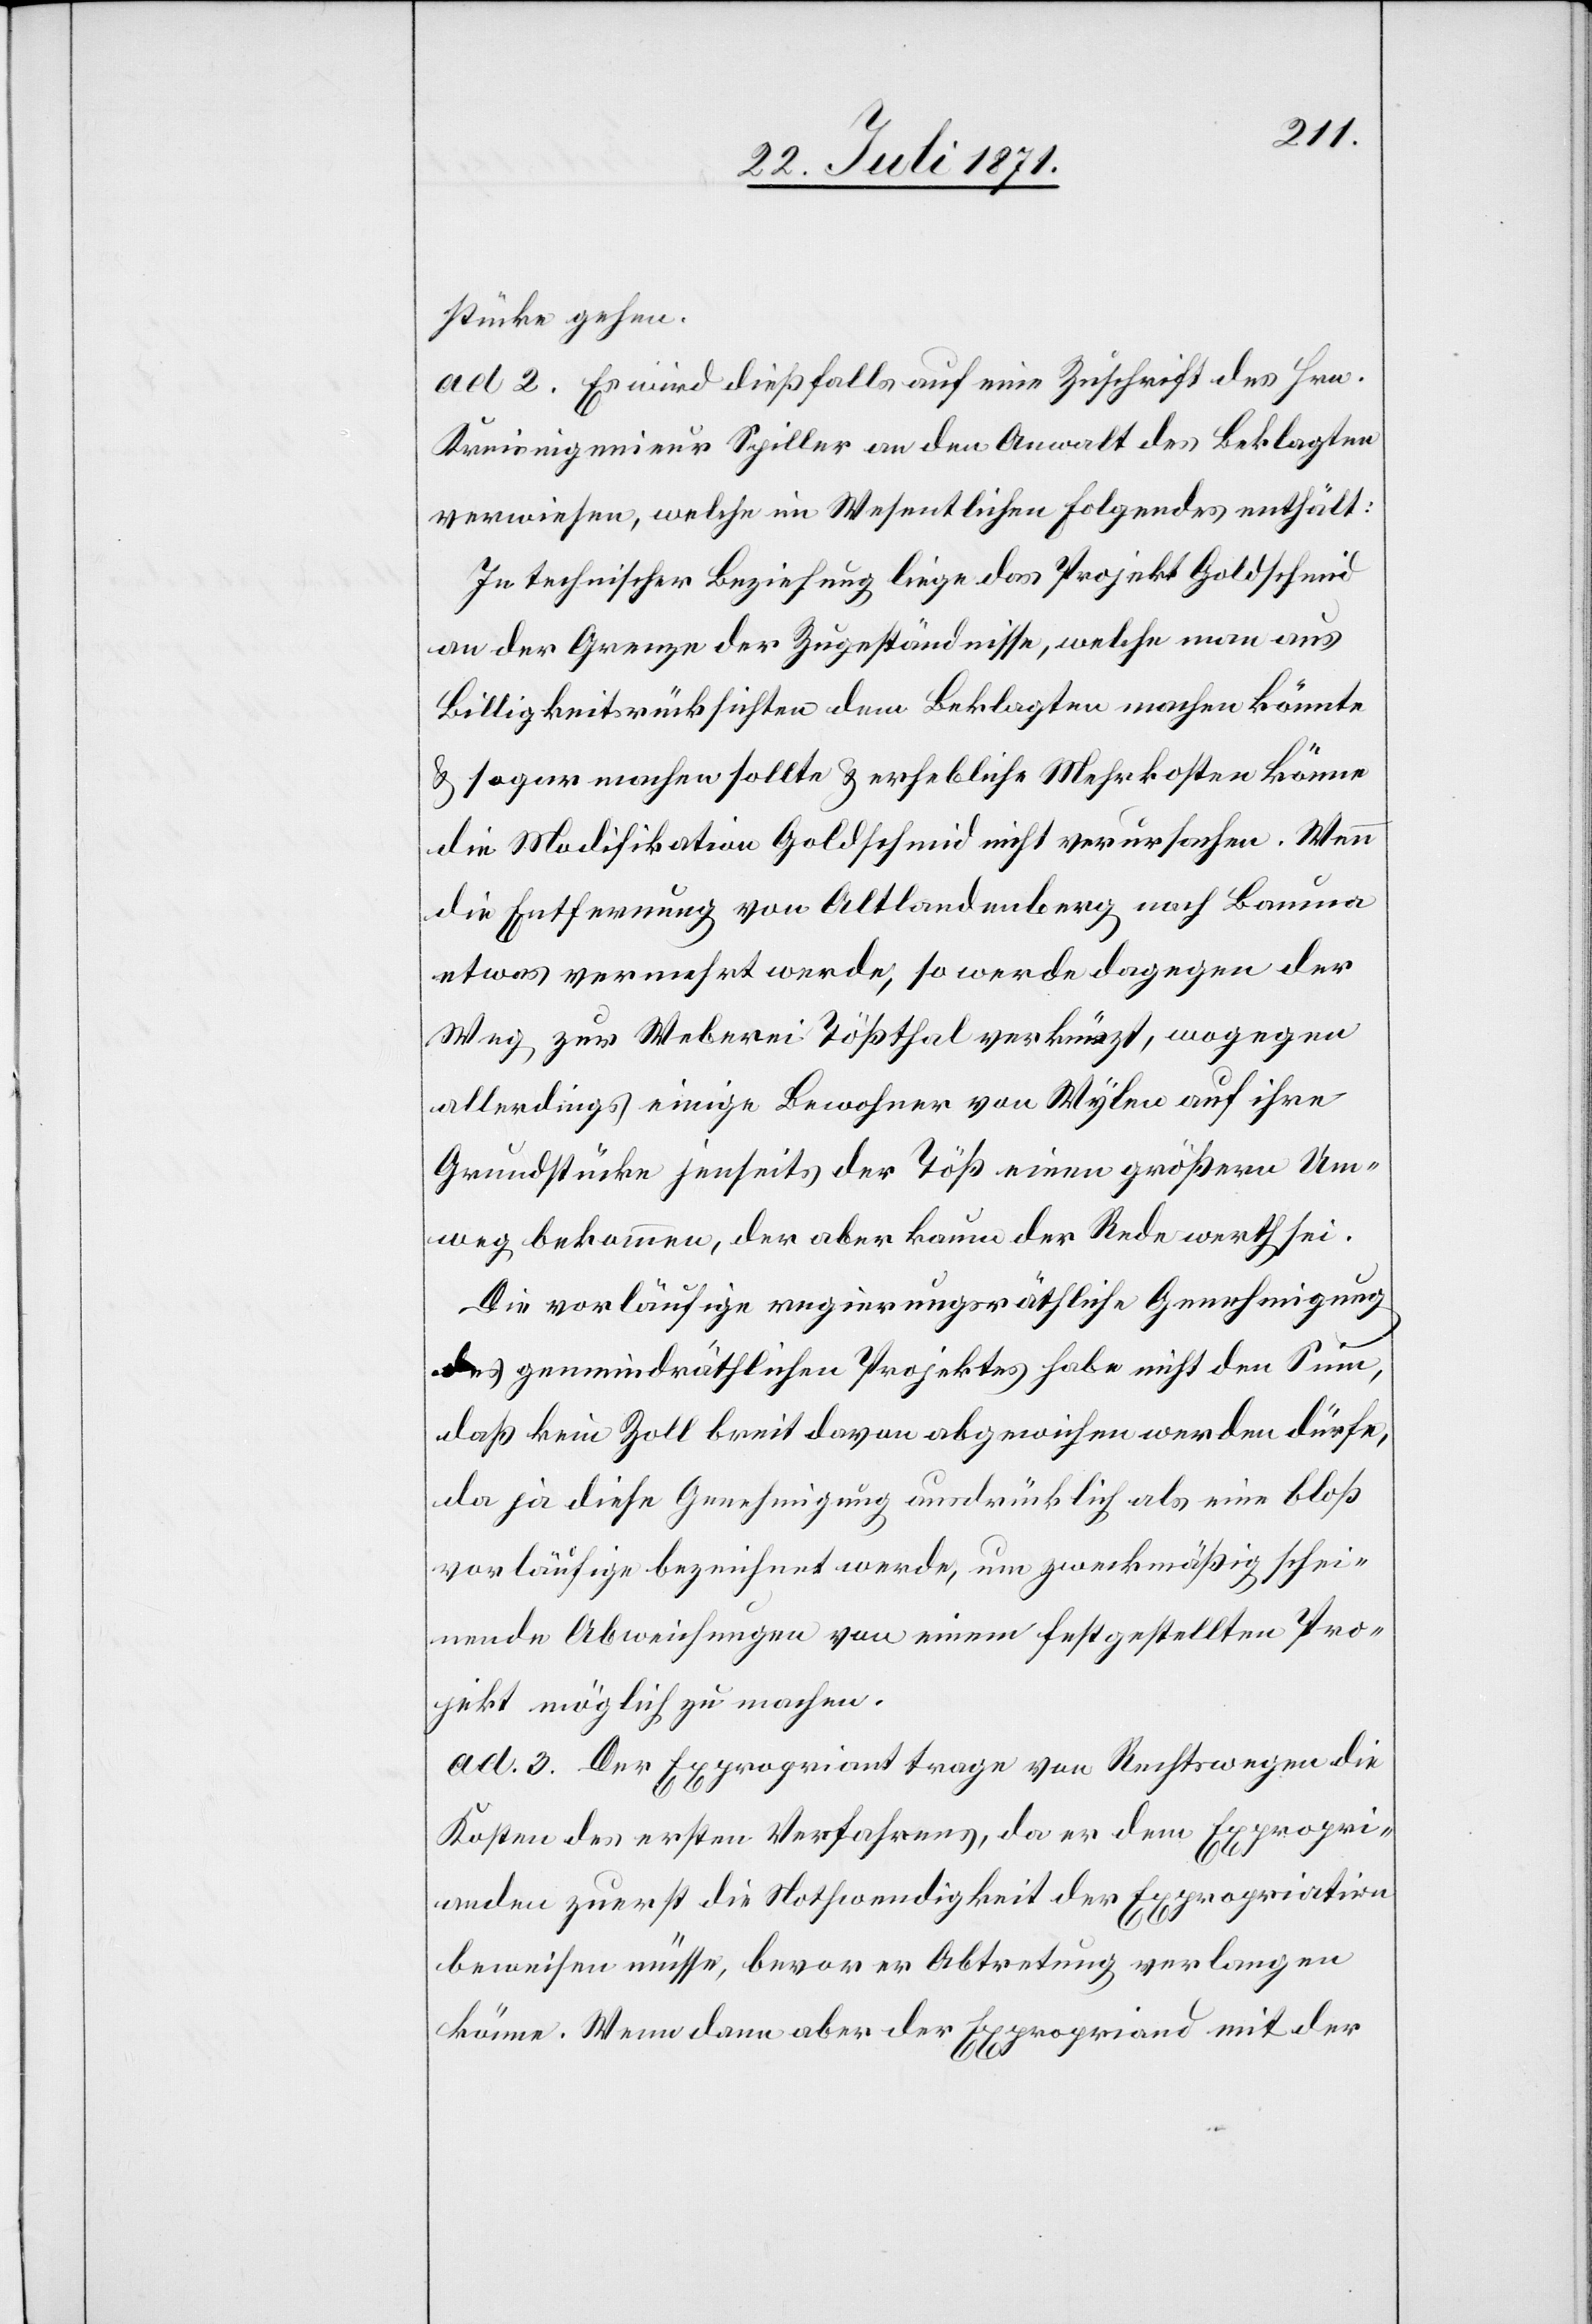
stücke gehen.
ad 2. Es wird dießfalls auf eine Zuschrift des Hrn.
Kreisingenieur Spiller an den Anwalt des Beklagten
verwiesen, welche im Wesentlichen Folgendes enthält:
In technischer Beziehung liege das Projekt Goldschmid
an der Grenze der Zugeständnisse, welche man aus
Billigkeitsrücksichten dem Beklagten machen könnte
u. sogar machen sollte u. erhebliche Mehrkosten könne
die Modifikation Goldschmid nicht verursachen. Wenn
die Entfernung von Altlandenberg nach Bauma
etwas vermehrt werde, so werde dagegen der
Weg zur Weberei Tößthal verkürzt, wogegen
allerdings einige Bewohner von Wylen auf ihre
Grundstücke jenseits der Töß einen größern Um¬
weg bekommen, der aber kaum der Rede werth sei.
Die vorläufige regierungsräthliche Genehmigung
des gemeindräthlichen Projektes habe nicht den Sinn,
daß kein Zoll breit davon abgewichen werden dürfe,
da ja diese Genehmigung ausdrücklich als eine bloß
vorläufige bezeichnet werde, um zweckmäßig schei¬
nende Abweichungen von einem festgestellten Pro¬
jekt möglich zu machen.
ad. 3. Der Expropriant trage von Rechtswegen die
Kosten des ersten Verfahrens, da er dem Expropri¬
anden zuerst die Nothwendigkeit der Expropriation
beweisen müsse, bevor er Abtretung verlangen
könne. Wenn dann aber der Expropriand mit der